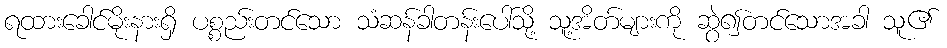
ရထားခေါင်မိုးနားရှိ ပစ္စည်းတင်သော သံဆန်ခါတန်းပေါ်သို့ သူ့အိတ်များကို ဆွဲ၍တင်သောအခါ သူ၏